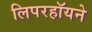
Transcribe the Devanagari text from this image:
लिपरहॉयने